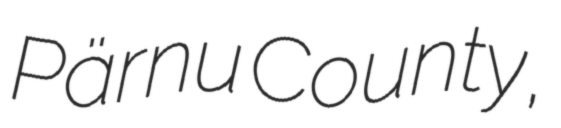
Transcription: Pärnu County,